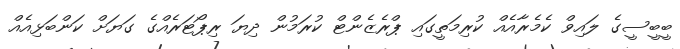
ބީބީސީގެ ލައިވް ކެމެރާއެއް ކުރިމަތީގައި ޕްރެޒެންޓް ކުރަމުން ދިޔަ ރިޕޯޓަރެއްގެ ގަޔަށް ކަންބަޅިއެއް